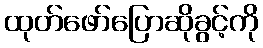
ထုတ်ဖော်ပြောဆိုခွင့်ကို